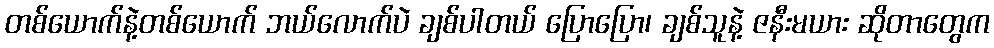
တစ်ယောက်နဲ့တစ်ယောက် ဘယ်လောက်ပဲ ချစ်ပါတယ် ပြောပြော၊ ချစ်သူနဲ့ ဇနီးမယား ဆိုတာတွေက